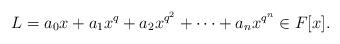
LaTeX: \begin{align*}L=a_0x+a_1x^q+a_2x^{q^2}+\cdots+a_n x^{q^n} \in F[x].\end{align*}